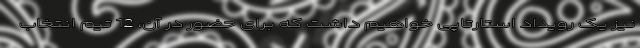
نیز یک رویداد استارتاپی خواهیم داشت که برای حضور در آن، 12 تیم انتخاب